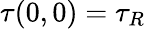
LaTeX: \tau(0,0)=\tau_{R}